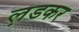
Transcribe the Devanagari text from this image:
ल़डकर